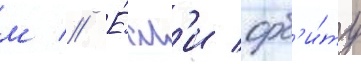
м // Е́сл'и орб'и́ту